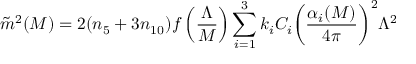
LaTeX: \tilde { m } ^ { 2 } ( M ) = 2 ( n _ { 5 } + 3 n _ { 1 0 } ) f \left( { \frac { \Lambda } { M } } \right) \sum _ { i = 1 } ^ { 3 } k _ { i } C _ { i } \biggl ( { \frac { \alpha _ { i } ( M ) } { 4 \pi } } \biggr ) ^ { 2 } \Lambda ^ { 2 }